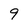
Character: 9